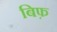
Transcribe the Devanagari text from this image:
बिफ़